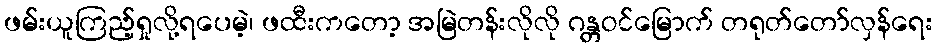
ဖမ်းယူကြည့်ရှုလို့ရပေမဲ့၊ ဖထီးကတော့ အမြဲတန်းလိုလို ဂန္တဝင်မြောက် တရုတ်တော်လှန်ရေး